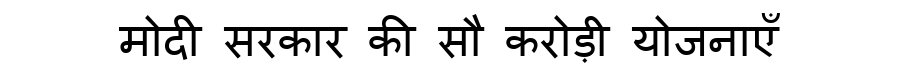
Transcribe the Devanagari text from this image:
मोदी सरकार की सौ करोड़ी योजनाएँ